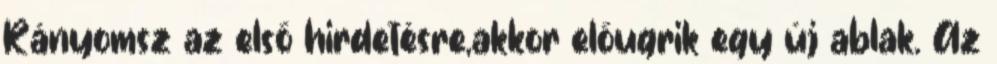
Rányomsz az első hirdetésre,akkor előugrik egy új ablak. Az